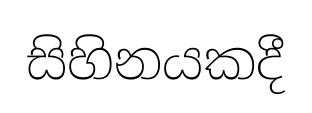
සිහිනයකදී